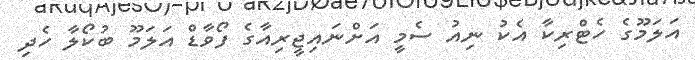
އަލަމޫގެ ހެޓްރިކާ އެކު ނިއު ސެމީ އަށްނައިޖީރިއާގެ ފޯވާޑް އަލަމޫ ބުކޯލާ ހެދި